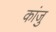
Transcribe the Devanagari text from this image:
कांजु